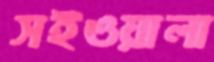
সইওয়ালা